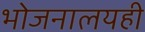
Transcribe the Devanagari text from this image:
भोजनालयही